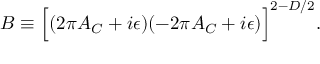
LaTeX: { \cal B } \equiv \Bigl [ ( 2 \pi { \cal A } _ { C } + i \epsilon ) ( - 2 \pi { \cal A } _ { C } + i \epsilon ) \Bigr ] ^ { 2 - D / 2 } .